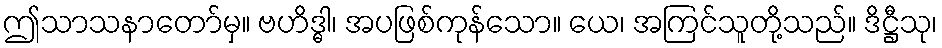
ဤသာသနာတော်မှ။ ဗဟိဒ္ဓါ၊ အပဖြစ်ကုန်သော။ ယေ၊ အကြင်သူတို့သည်။ ဒိဋ္ဌီသု၊